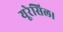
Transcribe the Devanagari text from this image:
यूरेसिल।